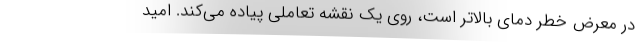
در معرض خطر دمای بالاتر است، روی یک نقشه تعاملی پیاده می‌کند. امید